Civil Veterinary Department Bihar & Orissa reports 1911-21 - 1911-1921
Year: 1911
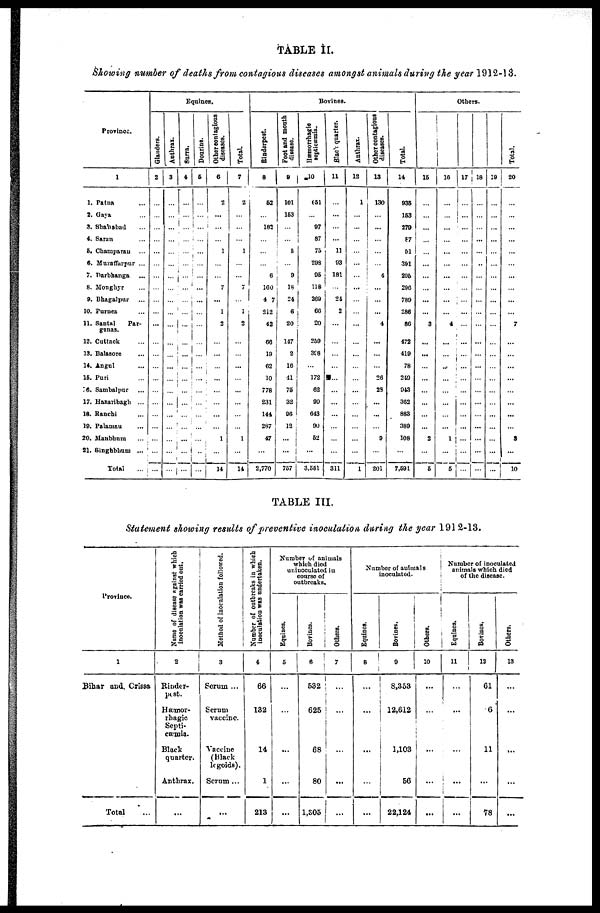
TABLE II.
Showing number of deaths from contagious diseases amongst animals during the year 1912-13.
Province.
1
1. Patna
2. Gaya
3. Shahabad
4. Saran
5. Champaran
6. Muzaffarpur ...
7. Darbhanga
8. Monghyr
9. Bhagalpur-
10. Purnea
11. Santal
Par-
ganas.
12. Cuttack
13. Balasore
14. Angul
15. Puri
16. Sambalpur
17. Hazarbagh ...
18. Ranchi
19. Polameu
20. Manbhum
21. Singhbhum ...
Total
Equines.
Glanders.
2
...
...
...
...
...
...
...
...
...
...
...
...
...
...
...
...
...
...
...
...
...
...
Anthrax.
3
...
...
...
...
...
...
...
...
...
...
...
...
...
...
...
...
...
...
...
...
...
...
Surra.
4
...
...
...
...
...
...
...
...
...
...
1
...
...
...
...
...
...
...
...
...
...
...
Dourine.
5
...
...
...
...
...
...
...
...
...
...
...
...
...
...
...
...
...
...
...
...
...
...
Other contagions
diseases.
6
2
...
...
...
1
...
...
7
...
1
2
...
...
...
...
...
...
...
...
1
...
14
Total.
7
2
...
...
...
1
...
...
7
...
1
2
...
...
...
...
...
...
...
...
1
...
14
Bovines.
Rinderpest.
8
62
...
183
...
...
...
6
160
4 7
212
42
68
19
62
10
778
231
144
287
47
2,770
Foot and mouth
disease.
9
101
163
...
5
9
18
24
6
20
147
2
16
41
76
32
06
12
...
...
757
Hæmorrhagie
septicæmia.
10
651
...
97
87
75
208
05
118
269
60
20
259
308
...
172
62
90
613
90
62
3,551
Black quarter.
11
...
...
...
...
11
93
181
...
24
2
...
...
...
...
...
...
...
...
...
...
...
311
Anthrax.
12
1
...
...
...
...
...
...
...
...
...
...
...
...
...
...
...
...
...
...
...
...
1
Other contagious
diseases.
13
130
...
...
...
...
...
4
...
...
...
4
...
...
...
26
23
...
...
...
9
...
201
Total.
14
936
163
279
57
91
361
206
296
780
286
86
472
419
78
249
943
302
883
389
108
...
7,691
Others.
15
...
...
...
...
...
...
...
...
...
...
3
...
...
...
...
...
...
...
2
...
6
16
...
...
...
...
...
...
...
...
...
...
4
...
...
...
...
...
...
...
...
1
...
6
17
...
...
...
...
...
...
...
...
...
...
...
...
...
...
...
...
...
...
...
...
...
18
...
...
...
...
...
...
...
...
...
...
...
...
...
...
...
...
...
...
...
...
...
19
...
...
...
...
...
...
...
...
...
...
...
...
...
...
...
...
...
...
...
...
...
Total.
20
...
...
...
...
...
...
...
...
...
...
7
...
...
...
...
...
...
...
...
3
10
TABLE III.
Statement showing results of preventive inoculation during the year 1912-13.
Province.
1
Bihar and. Crissa
Total...
Name
of disease against which
inoculation was carried out.
2
Rinder-
pest.
Hæmor-
rhagic
Septi-
cæmia.
Black
quarter.
Anthrax.
...
Method of inoculation followed.
3
Serum ...
Serum ...
vaccine.
Vaccine
Black
legoids).
Serum ...
...
Number of outbreaks in which
inoculation was undertaken.
4
66
132
14
1
213
Number of animals
which died
urinoculated in
course of
outbreaks.
Equines.
5
...
...
...
...
...
Bovines.
6
532
625
68
80
1,305
Others.
7
...
...
...
...
...
Number of animals
inoculated.
Equines.
8
...
...
...
Bovines.
9
8,353
12,612
1,103
56
22,124
Others.
10
...
...
...
...
Number of inoculated
animals which died
of the disease.
Equines.
11
...
...
...
...
Bovines.
12
61
6
11
...
78
Others.
13
...
...
...
...